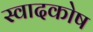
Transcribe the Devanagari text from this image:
स्वादकोष